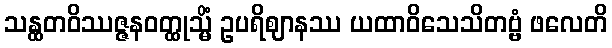
သန္ထတဝိဿဇ္ဇနဝတ္ထုသ္မိံ ဥပရိဈာနဿ ယထာဝိသေသိတဗ္ဗံ ဖလေတိ